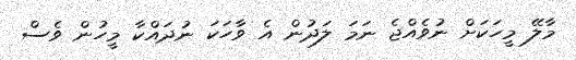
މާލޭ މީހަކަށް ނުވެއްޖެ ނަމަ ލަދުން އެ ވާހަކަ ނުދައްކާ މީހުން ވެސް